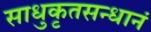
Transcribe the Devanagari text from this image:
साधुकृतसन्धानं